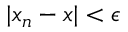
| x _ { n } - x | < \epsilon